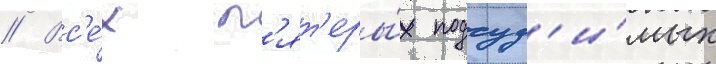
// Вс'е́х п'ят'еры́х подсуд'и́мых